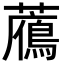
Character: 𧂶